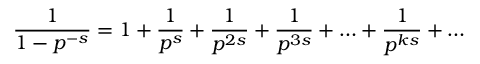
{ \frac { 1 } { 1 - p ^ { - s } } } = 1 + { \frac { 1 } { p ^ { s } } } + { \frac { 1 } { p ^ { 2 s } } } + { \frac { 1 } { p ^ { 3 s } } } + \ldots + { \frac { 1 } { p ^ { k s } } } + \ldots